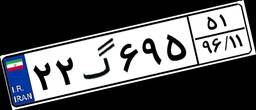
۲۲گ۶۹۵۵۱